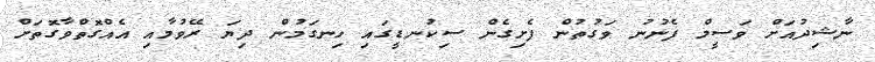
ނާޝިދުއަށް ވަސީމް ފެނުނު ވަގުތުން ފެށިގެން ސިކުނޑީގައި ހިނގަމުން ދިޔަ ރޭވުމާއި އެއްގޮތްވާގޮތަށް